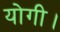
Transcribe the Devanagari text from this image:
योगी।